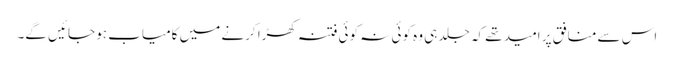
اس سے منافق پر امید تھے کہ جلد ہی وہ کوئی نہ کوئی فتنہ کھڑا کرنے میں کامیاب ہو جائیں گے۔